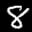
Label: 8